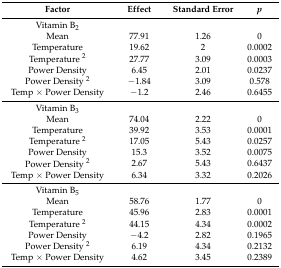
<table><thead><tr><td><b>Factor</b></td><td><b>Effect</b></td><td><b>Standard Error</b></td><td><b><i>p</i></b></td></tr></thead><tbody><tr><td>Vitamin B<sub>2</sub></td><td></td><td></td><td></td></tr><tr><td>Mean</td><td>77.91</td><td>1.26</td><td>0</td></tr><tr><td>Temperature</td><td>19.62</td><td>2</td><td>0.0002</td></tr><tr><td>Temperature <sup>2</sup></td><td>27.77</td><td>3.09</td><td>0.0003</td></tr><tr><td>Power Density</td><td>6.45</td><td>2.01</td><td>0.0237</td></tr><tr><td>Power Density <sup>2</sup></td><td>−1.84</td><td>3.09</td><td>0.578</td></tr><tr><td>Temp × Power Density</td><td>−1.2</td><td>2.46</td><td>0.6455</td></tr><tr><td>Vitamin B<sub>3</sub></td><td></td><td></td><td></td></tr><tr><td>Mean</td><td>74.04</td><td>2.22</td><td>0</td></tr><tr><td>Temperature</td><td>39.92</td><td>3.53</td><td>0.0001</td></tr><tr><td>Temperature <sup>2</sup></td><td>17.05</td><td>5.43</td><td>0.0257</td></tr><tr><td>Power Density</td><td>15.3</td><td>3.52</td><td>0.0075</td></tr><tr><td>Power Density <sup>2</sup></td><td>2.67</td><td>5.43</td><td>0.6437</td></tr><tr><td>Temp × Power Density</td><td>6.34</td><td>3.32</td><td>0.2026</td></tr><tr><td>Vitamin B<sub>5</sub></td><td></td><td></td><td></td></tr><tr><td>Mean</td><td>58.76</td><td>1.77</td><td>0</td></tr><tr><td>Temperature</td><td>45.96</td><td>2.83</td><td>0.0001</td></tr><tr><td>Temperature <sup>2</sup></td><td>44.15</td><td>4.34</td><td>0.0002</td></tr><tr><td>Power Density</td><td>−4.2</td><td>2.82</td><td>0.1965</td></tr><tr><td>Power Density <sup>2</sup></td><td>6.19</td><td>4.34</td><td>0.2132</td></tr><tr><td>Temp × Power Density</td><td>4.62</td><td>3.45</td><td>0.2389</td></tr></tbody></table>